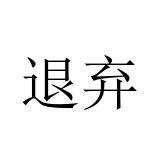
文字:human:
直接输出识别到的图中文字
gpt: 退弃